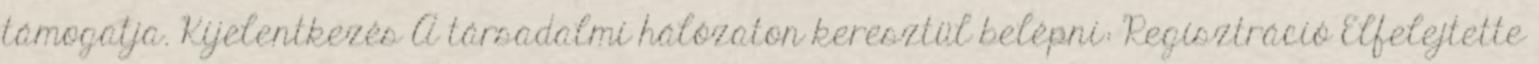
támogatja. Kijelentkezés A társadalmi hálózaton keresztül belépni: Regisztráció Elfelejtette